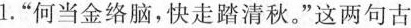
1."何当金络脑,快走踏清秋。"这两句古